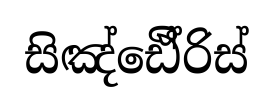
සිඤ්ඪෙී්රිස්